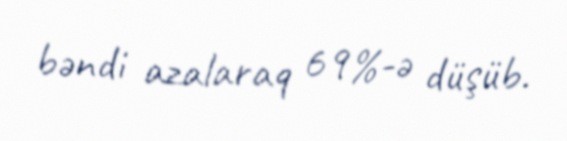
bəndi azalaraq 69%-ə düşüb.